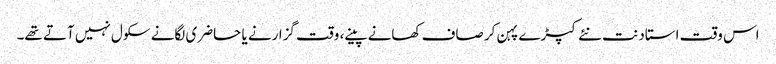
اس وقت استاد نت نئے کپڑے پہن کر صاف کھانے پینے، وقت گزارنے یا حاضری لگانے سکول نہیں آتے تھے۔